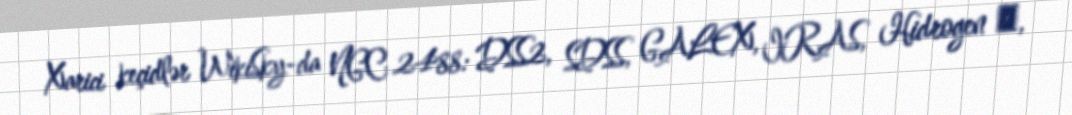
Xarici keçidlər WikiSky-da NGC 2488: DSS2, SDSS, GALEX, IRAS, Hidrogen α,